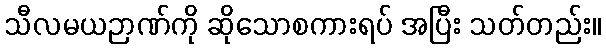
သီလမယဉာဏ်ကို ဆိုသောစကားရပ် အပြီး သတ်တည်း။